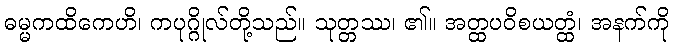
ဓမ္မကထိကေဟိ၊ ကပုဂ္ဂိုလ်တို့သည်။ သုတ္တဿ၊ ၏။ အတ္ထပဝိစယတ္ထံ၊ အနက်ကို